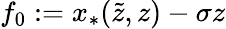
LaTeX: f_{0}:=x_{*}(\tilde{z},z)-\sigma z